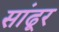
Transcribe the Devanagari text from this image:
सांढूर